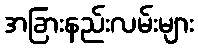
အခြားနည်းလမ်းများ